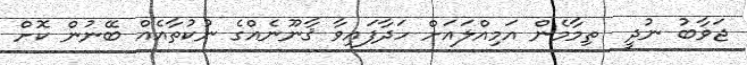
ޖަވާބު ނުދީ  ތިމާމެން އަމިއްލައަށް ހަދާފައިވާ ޤާނޫނެއްގެ ނުކުތާއެއް ބޭނުން ކޮށް